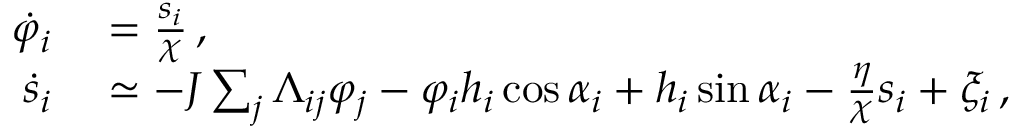
\begin{array} { r l } { \dot { \varphi } _ { i } } & { { } = \frac { s _ { i } } { \chi } \, , } \\ { \dot { s } _ { i } } & { { } \simeq - J \sum _ { j } \Lambda _ { i j } \varphi _ { j } - \varphi _ { i } h _ { i } \cos \alpha _ { i } + h _ { i } \sin \alpha _ { i } - \frac { \eta } { \chi } s _ { i } + \xi _ { i } \, , } \end{array}